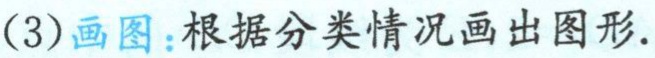
(3)画图：根据分类情况画出图形.